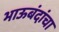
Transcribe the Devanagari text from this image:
भाऊबंदांचा